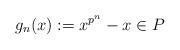
LaTeX: \begin{align*} g_n(x):= x^{p^n}-x\in P\end{align*}